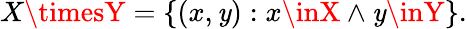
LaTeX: X\timesY=\{ (x,\mathit{y}):x\inX\land\mathit{y}\inY\} .